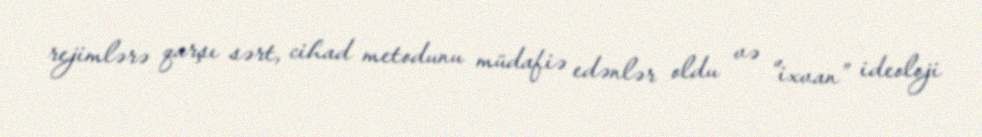
rejimlərə qarşı sərt, cihad metodunu müdafiə edənlər oldu və “ixvan” ideoloji